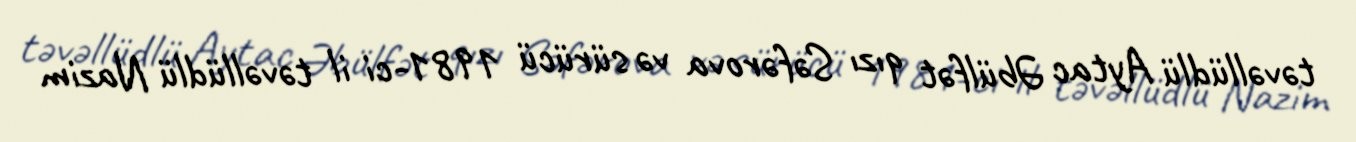
təvəllüdlü Aytac Əbülfət qızı Səfərova və sürücü 1981-ci il təvəllüdlü Nazim